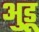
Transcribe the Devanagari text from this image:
अुडू